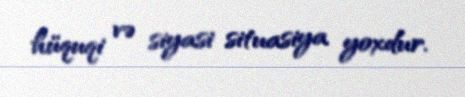
hüquqi və siyasi situasiya yoxdur.